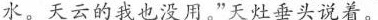
水。天云的我也没用。”天灶垂头说着。